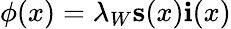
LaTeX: \phi(x)=\lambda_{W}\mathbf{s}(x)\mathbf{i}(x)